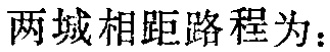
两城相距路程为：